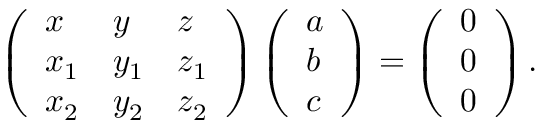
\left( { \begin{array} { l l l } { x } & { y } & { z } \\ { x _ { 1 } } & { y _ { 1 } } & { z _ { 1 } } \\ { x _ { 2 } } & { y _ { 2 } } & { z _ { 2 } } \end{array} } \right) \left( { \begin{array} { l } { a } \\ { b } \\ { c } \end{array} } \right) = \left( { \begin{array} { l } { 0 } \\ { 0 } \\ { 0 } \end{array} } \right) .